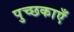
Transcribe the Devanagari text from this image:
पुच्छकाएँ